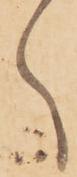
へ